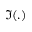
\Im ( . )